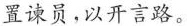
置谏员，以开言路。